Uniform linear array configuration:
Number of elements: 64
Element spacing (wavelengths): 0.25
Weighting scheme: uniform
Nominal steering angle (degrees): -15
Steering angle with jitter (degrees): -13.824
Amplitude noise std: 0.05
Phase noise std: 0.05

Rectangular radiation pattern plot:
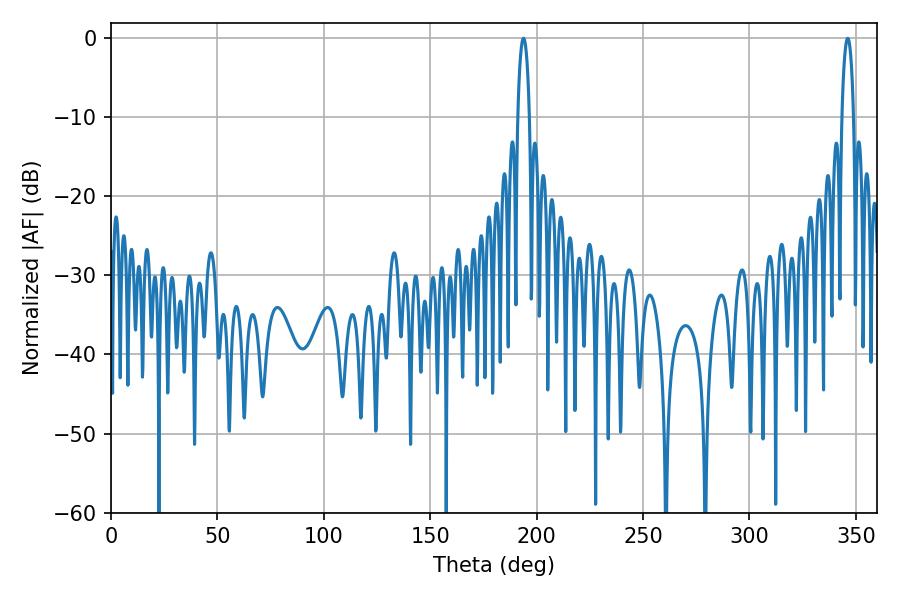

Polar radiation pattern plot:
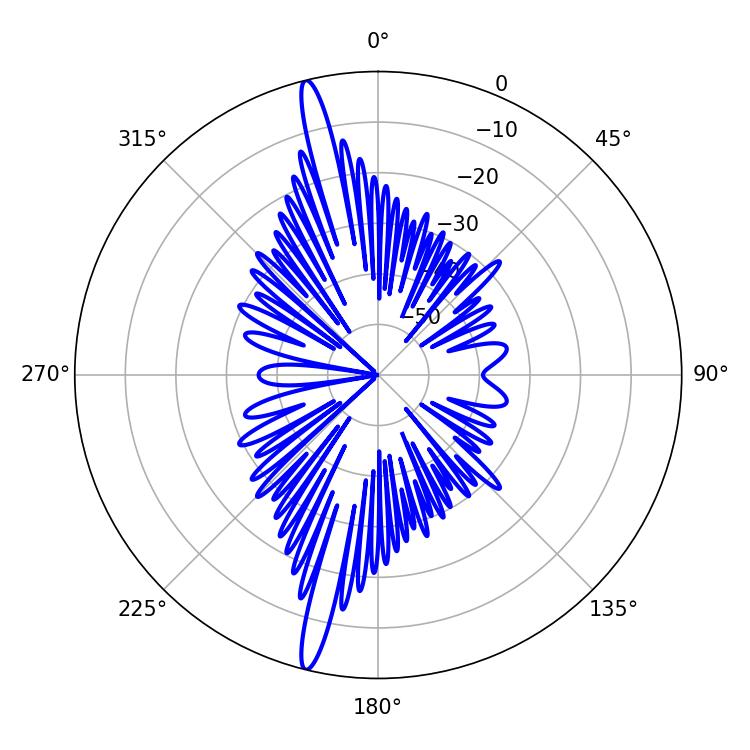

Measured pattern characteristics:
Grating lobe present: FALSE
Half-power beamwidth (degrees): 3.06
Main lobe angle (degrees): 193.86